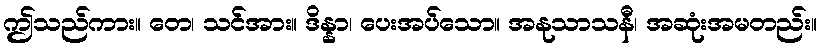
ဤသည်ကား။ တေ၊ သင်အား။ ဒိန္နာ၊ ပေးအပ်သော။ အနုသာသနီ၊ အဆုံးအမတည်း။